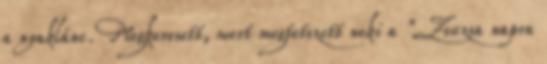
a nyaklánc. Megkeresett, mert megtetszett neki a "Zsuzsa napra